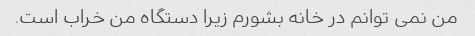
من نمی توانم در خانه بشورم زیرا دستگاه من خراب است.